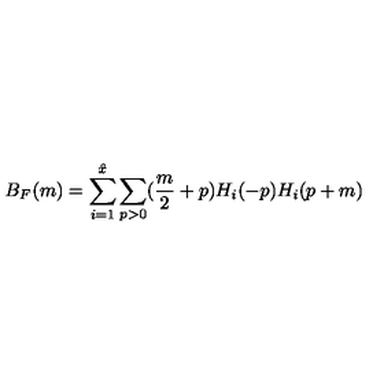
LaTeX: B _ { F } ( m ) = \sum _ { i = 1 } ^ { \hat { x } } \sum _ { p > 0 } ( \frac { m } { 2 } + p ) H _ { i } ( - p ) H _ { i } ( p + m )